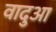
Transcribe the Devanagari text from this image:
वादुआ